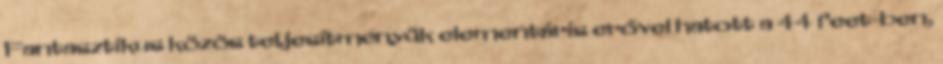
Fantasztikus közös teljesítményük elementáris erővel hatott a 44 feet-ben,